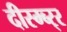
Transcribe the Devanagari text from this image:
दीस्म्ब्र्‍र